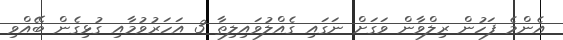
އެންމެ ފަހުން ރިލްވާން ވަގަށް ނަގައި ގެއްލުވައިލިތާ 3 އަހަރުވުމާއި ގުޅިގެން ބޭއްވި